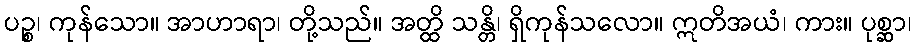
ပဉ္စ၊ ကုန်သော။ အာဟာရာ၊ တို့သည်။ အတ္ထိ သန္တိ၊ ရှိကုန်သလော။ ဣတိအယံ၊ ကား။ ပုစ္ဆာ၊